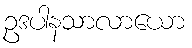
ဥဒပါနသာလာယော